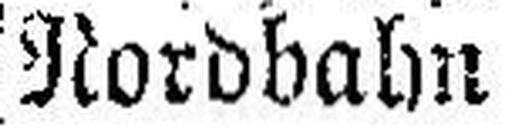
Nordbahn